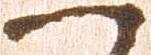
へ